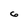
Character: 6